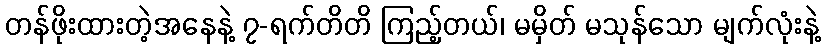
တန်ဖိုးထားတဲ့အနေနဲ့ ၇-ရက်တိတိ ကြည့်တယ်၊ မမှိတ် မသုန်သော မျက်လုံးနဲ့